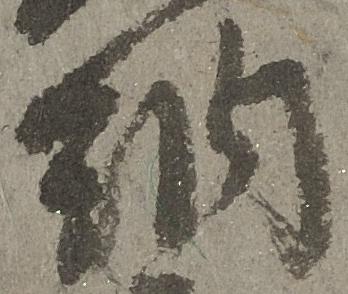
納